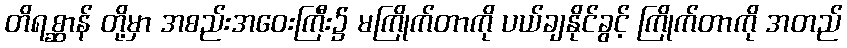
တိရစ္ဆာန် တို့မှာ အစည်းအဝေးကြီး၌ မကြိုက်တာကို ပယ်ချနိုင်ခွင့် ကြိုက်တာကို အတည်